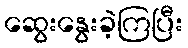
ဆွေးနွေးခဲ့ကြပြီး